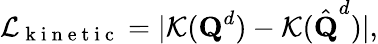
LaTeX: \mathcal{L}_{\mathrm{~k~i~n~e~t~i~c~}}=|\mathcal{K}(\textbf{Q}^{d})-\mathcal{K}(\hat{\textbf{Q}}^{d})|,